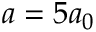
a = 5 a _ { 0 }